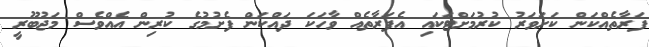
ފަރާތެއްކަން ކަށަވަރު ކުރުމަށްޓަކައި އެފަރާތެއް ވާހަކަ ދައްކަން ފެށުމުގެ ކުރިން އެއްވެސް މަޖުބޫރީ